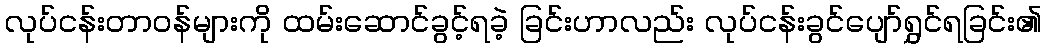
လုပ်ငန်းတာဝန်များကို ထမ်းဆောင်ခွင့်ရခဲ့ ခြင်းဟာလည်း လုပ်ငန်းခွင်ပျော်ရွှင်ရခြင်း၏